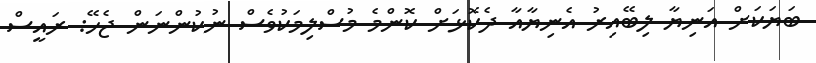
ބަޔަކަށް އަނިޔާ ލިބޭއިރު އެނިޔާއާ ދެކޮޅަށް ކޮންމެ މުސްލިމަކުވެސް ނުކުންނަން ޖެހޭ: ރައީސް